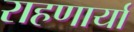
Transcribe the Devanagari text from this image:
राहणार्या